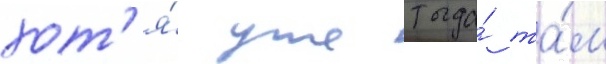
хот'я́ уже тогда́ та́м